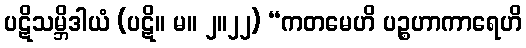
ပဋိသမ္ဘိဒါယံ (ပဋိ။ မ။ ၂။၂၂) “ကတမေဟိ ပဉ္စဟာကာရေဟိ